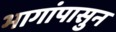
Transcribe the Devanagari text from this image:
भागांपासुन